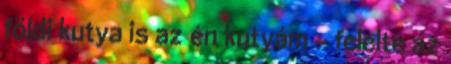
földi kutya is az én kutyám - felelte az